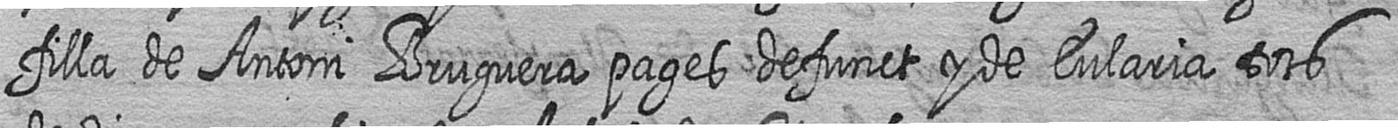
filla de Antoni Bruguera pages defunct y de Eularia tots